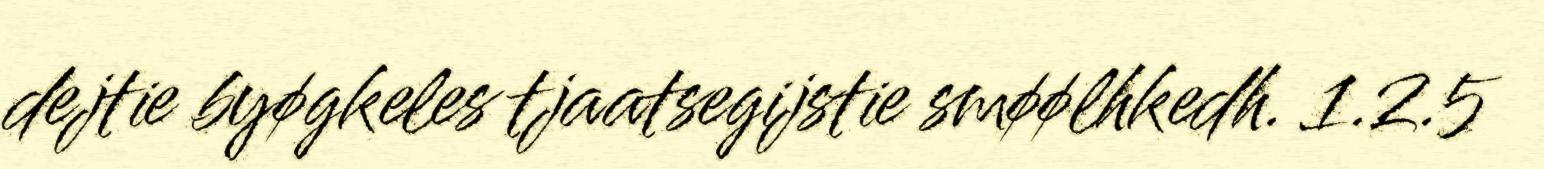
dejtie byøgkeles tjaatsegijstie smøølhkedh. 1.2.5